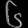
Digit: ၆